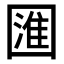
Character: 𭍰